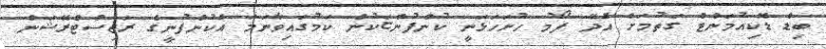
ބިޑް ޑޮކިއުމަންޓް ގަތުމަށް އެދޭ ފޯމު ހުށަހަޅަނީ ކުންފުންޏަކުން ކަމުގައިވާނަމަ އެކުންފުނީގެ ރަޖިސްޓްރޭޝަން